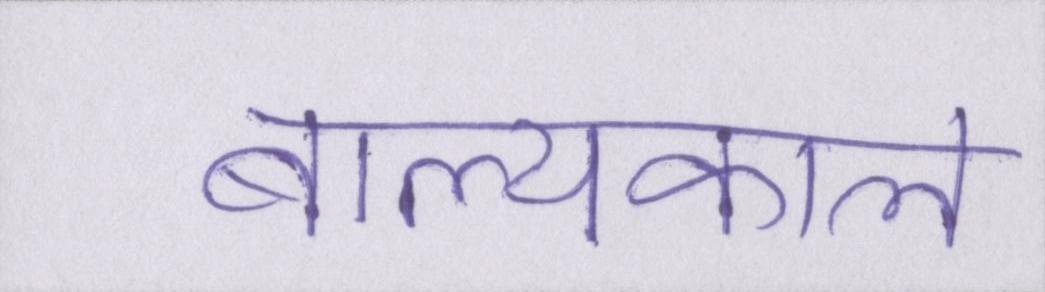
बाल्यकाल